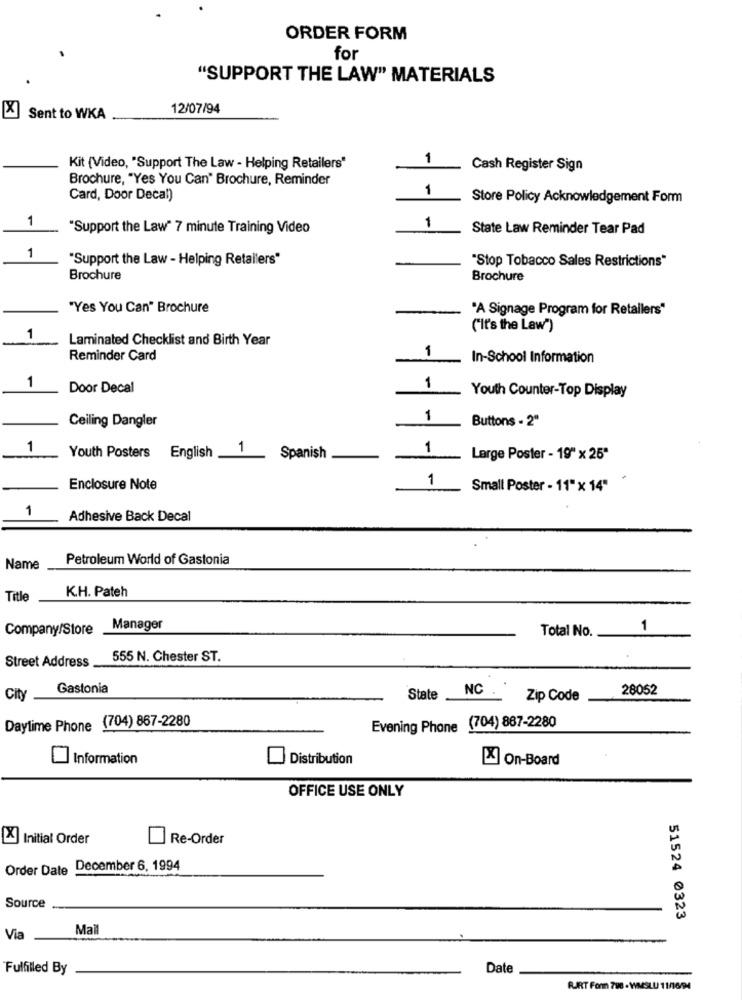
ORDER FORM
for
"SUPPORT THE LAW" MATERIALS
12/07/94
X
Sent to WKA
1
Kit (Video, "Support The Law - Helping Retailers"
Cash Register Sign
Brochure, "Yes You Can" Brochure, Reminder
1
Card, Door Decal)
Store Policy Acknowledgement Form
1
"Support the Law" 7 minute Training Video
1
State Law Reminder Tear Pad
1
"Support the Law - Helping Retailers"
"Stop Tobacco Sales Restrictions"
Brochure
Brochure
"Yes You Can" Brochure
-
'A Signage Program for Retailers"
("It's the Law")
1
Laminated Checklist and Birth Year
1
Reminder Card
In-School Information
1
Door Decal
1
Youth Counter-Top Display
Ceiling Dangler
1
Buttons - 2"
1
1
1
Youth Posters English
Spanish
Large Poster - 19" x 25"
1
Enclosure Note
Small Poster - 11"x 14"
1
Adhesive Back Decal
Petroleum World of Gastonia
Name
K.H. Pateh
Title
Company/Store
Manager
Total No.
1
Street Address
555 N. Chester ST.
Gastonia
28052
City
State
NC
Zip Code
Daylime Phone (704) 867-2280
Evening Phone (704) 867-2280
Information
Distribution
[X] On-Board
OFFICE USE ONLY
[X] Initial Order
Re-Order
Order Date
December 6, 1994
Source
51524 0323
Mail
Via
Fulfilled By
Date
FURT For 798 - WMSLU 11/16/4